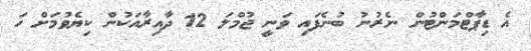
އެ ޑިޕާޓްމަންޓުން ނެރުނު ބުނެފައި ވަނީ ޖުމްލަ 12 ދާއިރާއަކުން ކިޔެވުމަށް ހަ